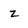
Character: Z